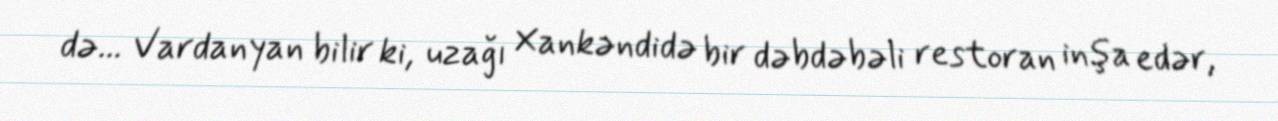
də... Vardanyan bilir ki, uzağı Xankəndidə bir dəbdəbəli restoran inşa edər,